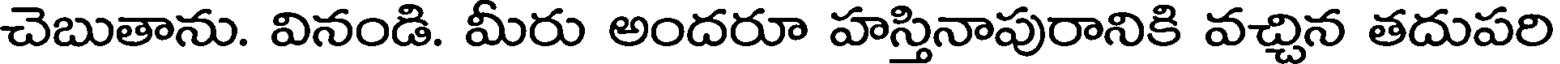
చెబుతాను. వినండి. మీరు అందరూ హస్తినాపురానికి వచ్చిన తదుపరి